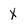
Character: X